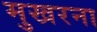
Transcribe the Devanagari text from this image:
मुखरना